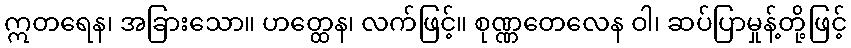
ဣတရေန၊ အခြားသော။ ဟတ္ထေန၊ လက်ဖြင့်။ စုဏ္ဏတေလေန ဝါ၊ ဆပ်ပြာမှုန့်တို့ဖြင့်